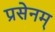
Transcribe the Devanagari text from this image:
प्रसेनम्‌